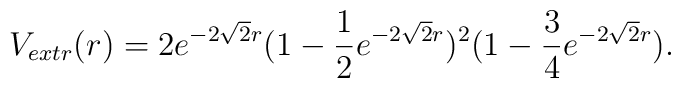
V_{extr}(r)  = 2 e^{- 2 \sqrt 2 r} ( 1- {1 \over 2}e^{- 2 \sqrt 2 r})^2 (1- {3 \over 4}e^{- 2 \sqrt 2 r}) .